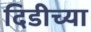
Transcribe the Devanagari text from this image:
दिडीच्या